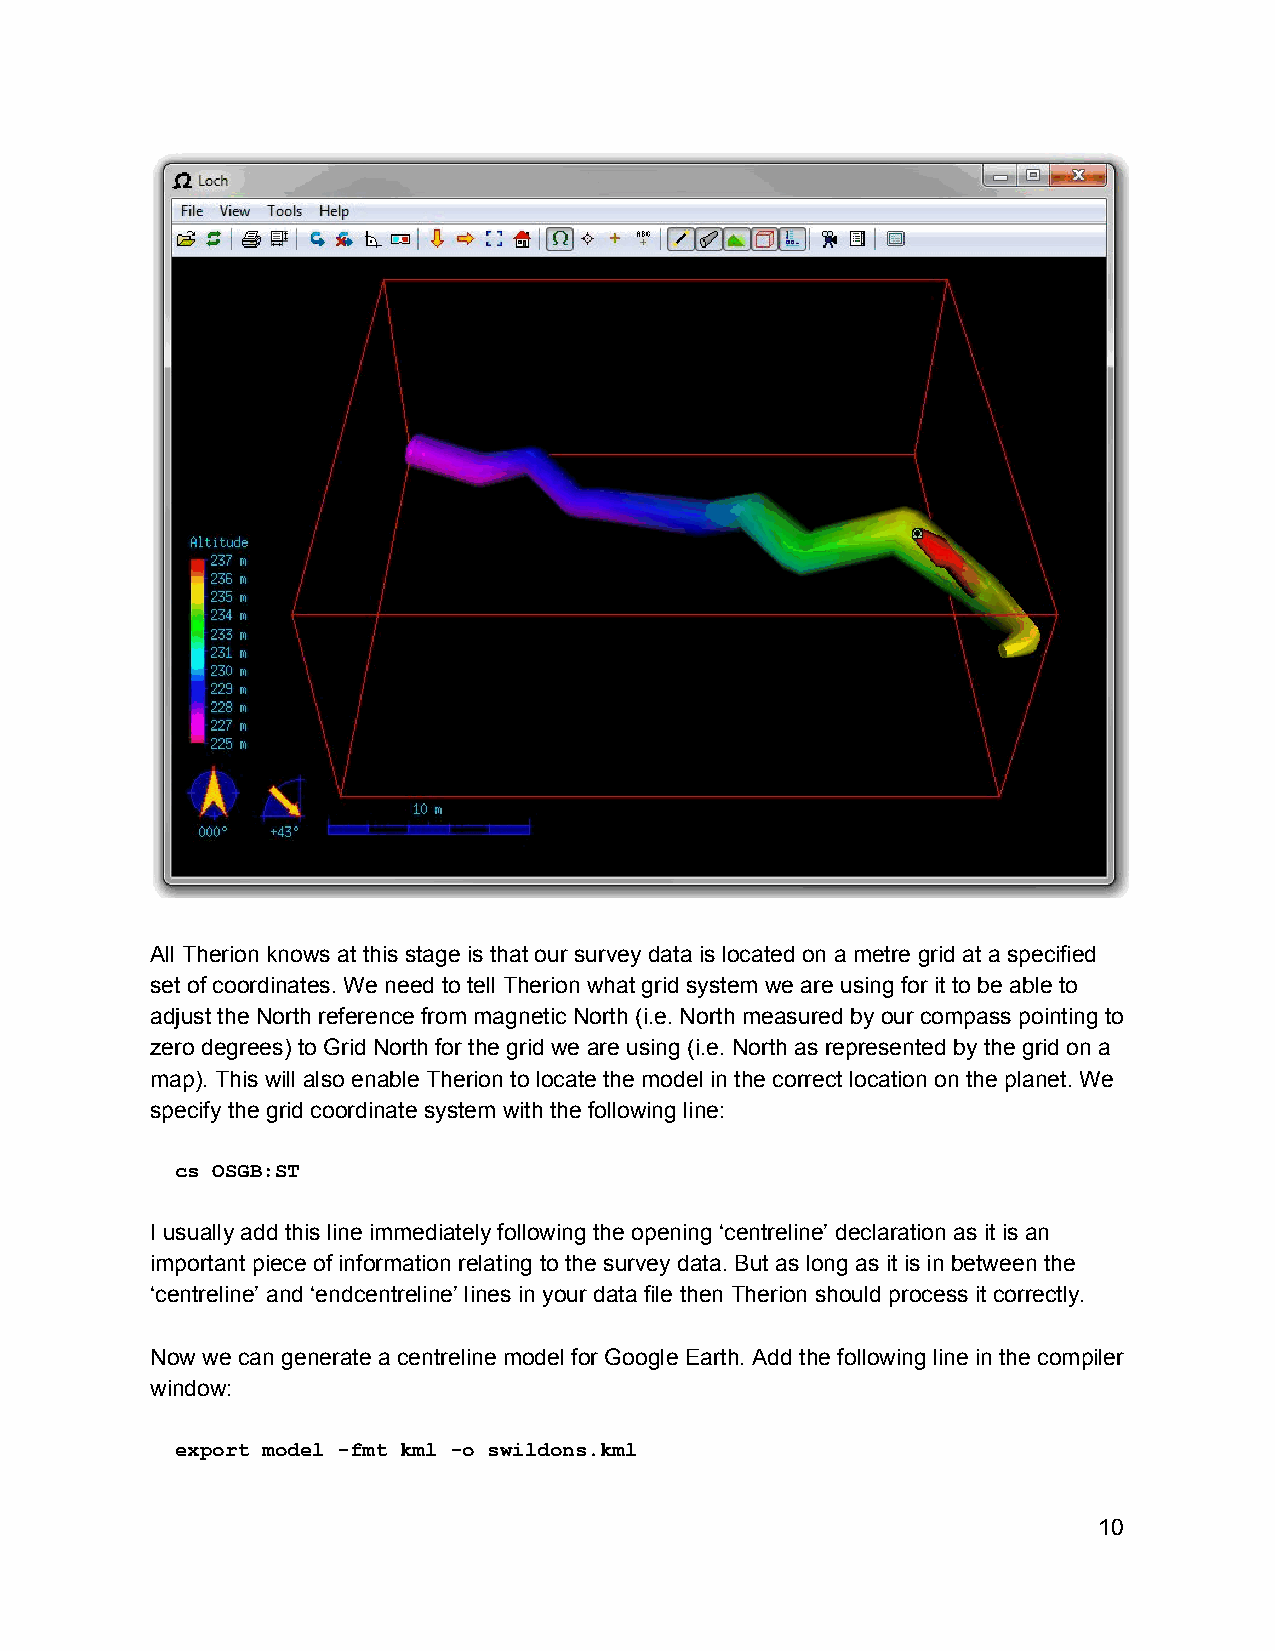
All Therion knows at this stage is that our survey data is located on a metre grid at a specified
 set of coordinates. We need to tell Therion what grid system we are using for it to be able to
 adjust the North reference from magnetic North (i.e. North measured by our compass pointing to
 zero degrees) to Grid North for the grid we are using (i.e. North as represented by the grid on a
 map). This will also enable Therion to locate the model in the correct location on the planet. We
 specify the grid coordinate system with the following line:
 cs OSGB:ST
 I usually add this line immediately following the opening ‘centreline’ declaration as it is an
 important piece of information relating to the survey data. But as long as it is in between the
 ‘centreline’ and ‘endcentreline’ lines in your data file then Therion should process it correctly.
 Now we can generate a centreline model for Google Earth. Add the following line in the compiler
 window:
 export model ­fmt kml ­o swildons.kml
 10